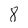
Character: 8